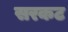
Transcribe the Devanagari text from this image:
सरकट